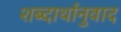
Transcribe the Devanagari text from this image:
शब्दार्थानुवाद